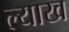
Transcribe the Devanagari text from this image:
ल्याख